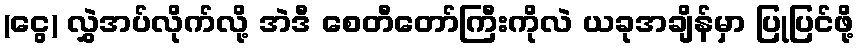
(ငွေ) လွှဲအပ်လိုက်လို့ အဲဒီ စေတီတော်ကြီးကိုလဲ ယခုအချိန်မှာ ပြုပြင်ဖို့